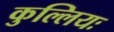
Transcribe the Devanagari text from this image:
कुल्लियः